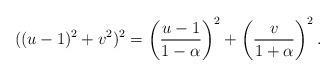
LaTeX: \begin{align*}((u-1)^2+v^2)^2= \left(\dfrac{u-1}{1-\alpha}\right)^2+ \left(\dfrac{v}{1+\alpha}\right)^2.\end{align*}